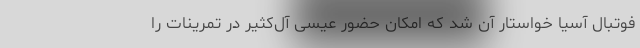
فوتبال آسیا خواستار آن شد که امکان حضور عیسی آل‌کثیر در تمرینات را